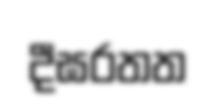
දීඝරතත